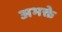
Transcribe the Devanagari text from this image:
अभक्ते